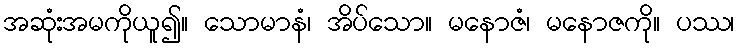
အဆုံးအမကိုယူ၍။ သောမာနံ၊ အိပ်သော။ မနောဇံ၊ မနောဇကို။ ပဿ၊